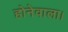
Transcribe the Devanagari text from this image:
होनेवाला।